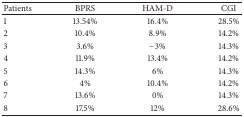
<table><thead><tr><td><b>Patients</b></td><td><b>BPRS</b></td><td><b>HAM-D</b></td><td><b>CGI</b></td></tr></thead><tbody><tr><td>1</td><td>13.54%</td><td>16.4%</td><td>28.5%</td></tr><tr><td>2</td><td>10.4%</td><td>8.9%</td><td>14.2%</td></tr><tr><td>3</td><td>3.6%</td><td>−3%</td><td>14.3%</td></tr><tr><td>4</td><td>11.9%</td><td>13.4%</td><td>14.2%</td></tr><tr><td>5</td><td>14.3%</td><td>6%</td><td>14.3%</td></tr><tr><td>6</td><td>4%</td><td>10.4%</td><td>14.2%</td></tr><tr><td>7</td><td>13.6%</td><td>0%</td><td>14.3%</td></tr><tr><td>8</td><td>17.5%</td><td>12%</td><td>28.6%</td></tr></tbody></table>